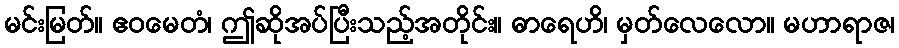
မင်းမြတ်။ ဧဝမေတံ၊ ဤဆိုအပ်ပြီးသည့်အတိုင်း။ ဓာရေဟိ၊ မှတ်လေလော။ မဟာရာဇ၊